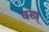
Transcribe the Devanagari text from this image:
वस्त्र्